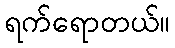
ရက်ရောတယ်။